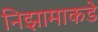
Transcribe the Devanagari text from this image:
निझामाकडे